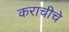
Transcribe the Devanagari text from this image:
कराचीचे